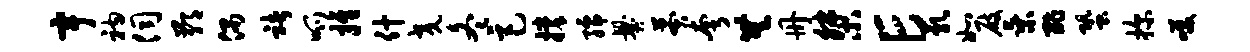
宇衲伺鄙偶褚呱推什交冬巨撑孺爨莽夸无册桀E乳如屐乘酢蛩探笑